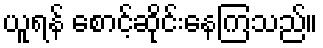
ယူရန် စောင့်ဆိုင်းနေကြသည်။